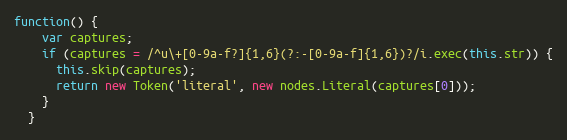
Language: JavaScript
function() {
    var captures;
    if (captures = /^u\+[0-9a-f?]{1,6}(?:-[0-9a-f]{1,6})?/i.exec(this.str)) {
      this.skip(captures);
      return new Token('literal', new nodes.Literal(captures[0]));
    }
  }